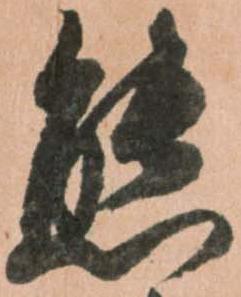
態